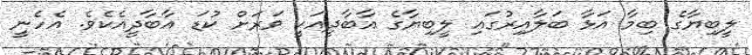
ލީބިޔާގެ ބިމާ އަޅާ ބަލާއިރުގައި ލީބިޔާގެ އާބާދީއަކީ ވަރަށް ކުޑަ އާބާދީއެކެވެ. އެހެނީ